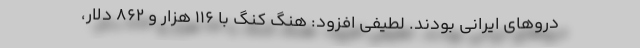
دروهای ایرانی بودند. لطیفی افزود: هنگ کنگ با ۱۱۶ هزار و ۸۶۲ دلار،